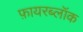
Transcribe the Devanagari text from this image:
फ़ायरब्लॉक